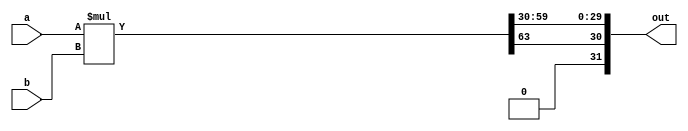
module signed_mult (out, a, b);
   output    [31:0]  out;
   input   signed [31:0] a;
   input   signed [31:0] b;
   wire  signed [31:0]   out;
   wire  signed [63:0]   mult_out;
   assign mult_out = a * b;
   assign out = {mult_out[63], mult_out[59:30]};
endmodule